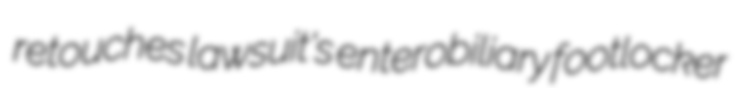
retouches lawsuit's enterobiliary footlocker